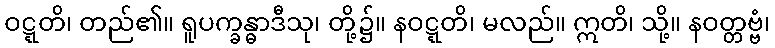
ဝဋ္ဋတိ၊ တည်၏။ ရူပက္ခန္ဓာဒီသု၊ တို့၌။ နဝဋ္ဋတိ၊ မလည်။ ဣတိ၊ သို့။ နဝတ္တဗ္ဗံ၊